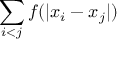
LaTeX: \sum _ { i < j } f ( | x _ { i } - x _ { j } | )